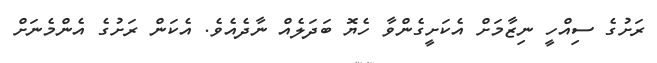
ރަށުގެ ސިއްހީ ނިޒާމަށް އެކަށީގެންވާ ހެޔޮ ބަދަލެއް ނާދެއެވެ. އެކަން ރަށުގެ އެންމެނަށް